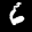
Label: 6